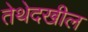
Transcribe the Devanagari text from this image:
तेथेदखील